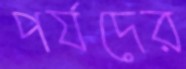
পর্যদের